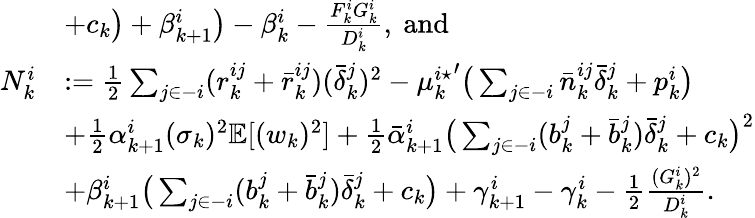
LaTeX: \begin{array}{rl}&{+c_{k}\big)+\beta_{k+1}^{i}\big)-\beta_{k}^{i}-\frac{F_{k}^{i}G_{k}^{i}}{D_{k}^{i}},~\mathrm{and}}\\ {N_{k}^{i}}&{:=\frac{1}{2}\sum_{j\in-i}(r_{k}^{ij}+\bar{r}_{k}^{ij})(\bar{\delta}_{k}^{j})^{2}-{\mu_{k}^{i\star}}^{\prime}\big(\sum_{j\in-i}\bar{n}_{k}^{ij}\bar{\delta}_{k}^{j}+p_{k}^{i}\big)}\\ &{+\frac{1}{2}\alpha_{k+1}^{i}(\sigma_{k})^{2}\mathbb{E}[(w_{k})^{2}]+\frac{1}{2}\bar{\alpha}_{k+1}^{i}\big(\sum_{j\in-i}(b_{k}^{j}+\bar{b}_{k}^{j})\bar{\delta}_{k}^{j}+c_{k}\big)^{2}}\\ &{+\beta_{k+1}^{i}\big(\sum_{j\in-i}(b_{k}^{j}+\bar{b}_{k}^{j})\bar{\delta}_{k}^{j}+c_{k}\big)+\gamma_{k+1}^{i}-\gamma_{k}^{i}-\frac{1}{2}\frac{(G_{k}^{i})^{2}}{D_{k}^{i}}.}\end{array}